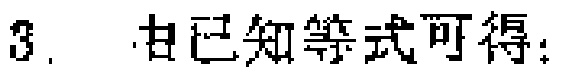
3. 由已知等式可得：